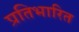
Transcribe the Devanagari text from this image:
प्रतिभारित